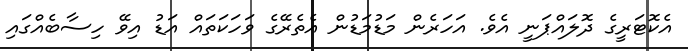
އެކޮޓަރީގެ ދޮލައްޕަނީ އެވެ. އަހަރެން މަޑުމަޑުން އެތެރޭގެ ވަހަކަތައް އަޑު އިވޭ ހިސާބެއްގައި